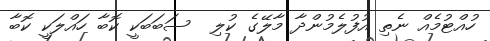
ހުއްޓުމެއް ނެތި އުފުލެމުންދާ މާލޭގެ ކުލި  ސަބަބަކީ ކޮބާ ހައްލަކީ ކޮބާ